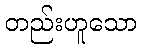
တည်းဟူသော